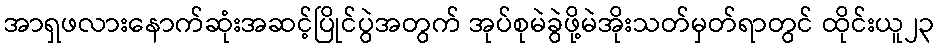
အာရှဖလားနောက်ဆုံးအဆင့်ပြိုင်ပွဲအတွက် အုပ်စုမဲခွဲဖို့မဲအိုးသတ်မှတ်ရာတွင် ထိုင်းယူ၂၃